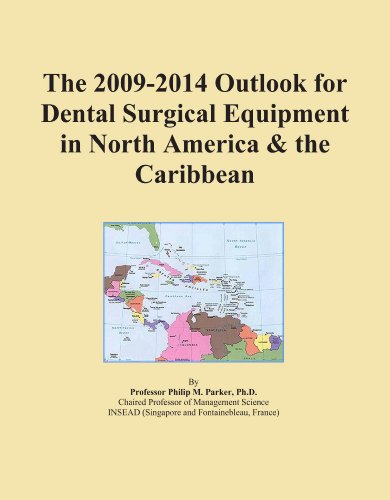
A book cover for The 2009-2014 Outlook for Dental Surgical Equipment in North America & the Caribbean; Icon Group International; Medical Books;